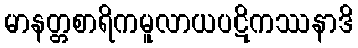
မာနတ္တစာရိကမူလာယပဋိကဿနာဒိ